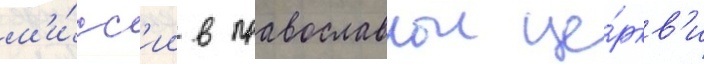
м'и́сс'ии в православнои це́ркв'и